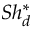
S h _ { d } ^ { * }